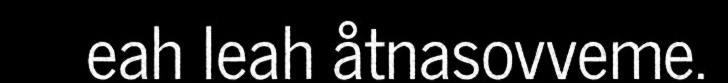
eah leah åtnasovveme.